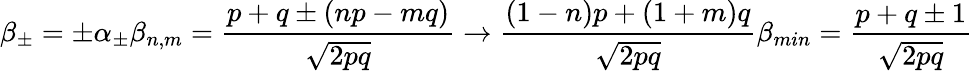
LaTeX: \beta_{\pm}=\pm\alpha_{\pm}\beta_{n,m}={\frac{p+q\pm(np-mq)}{\sqrt{2pq}}}\rightarrow{\frac{(1-n)p+(1+m)q}{\sqrt{2pq}}}\beta_{min}={\frac{p+q\pm 1}{\sqrt{2pq}}}